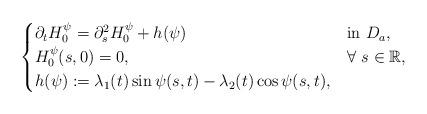
LaTeX: \begin{align*} \begin{cases}\partial_t H^{\psi}_0=\partial_s^2 H^{\psi}_0+h(\psi) &\mbox{in}~D_{a},\\H^{\psi}_0 (s,0)=0, &\forall~s\in\mathbb{R}, \\h(\psi):=\lambda_1(t)\sin \psi(s,t)-\lambda_2(t)\cos \psi(s,t), \end{cases}\end{align*}